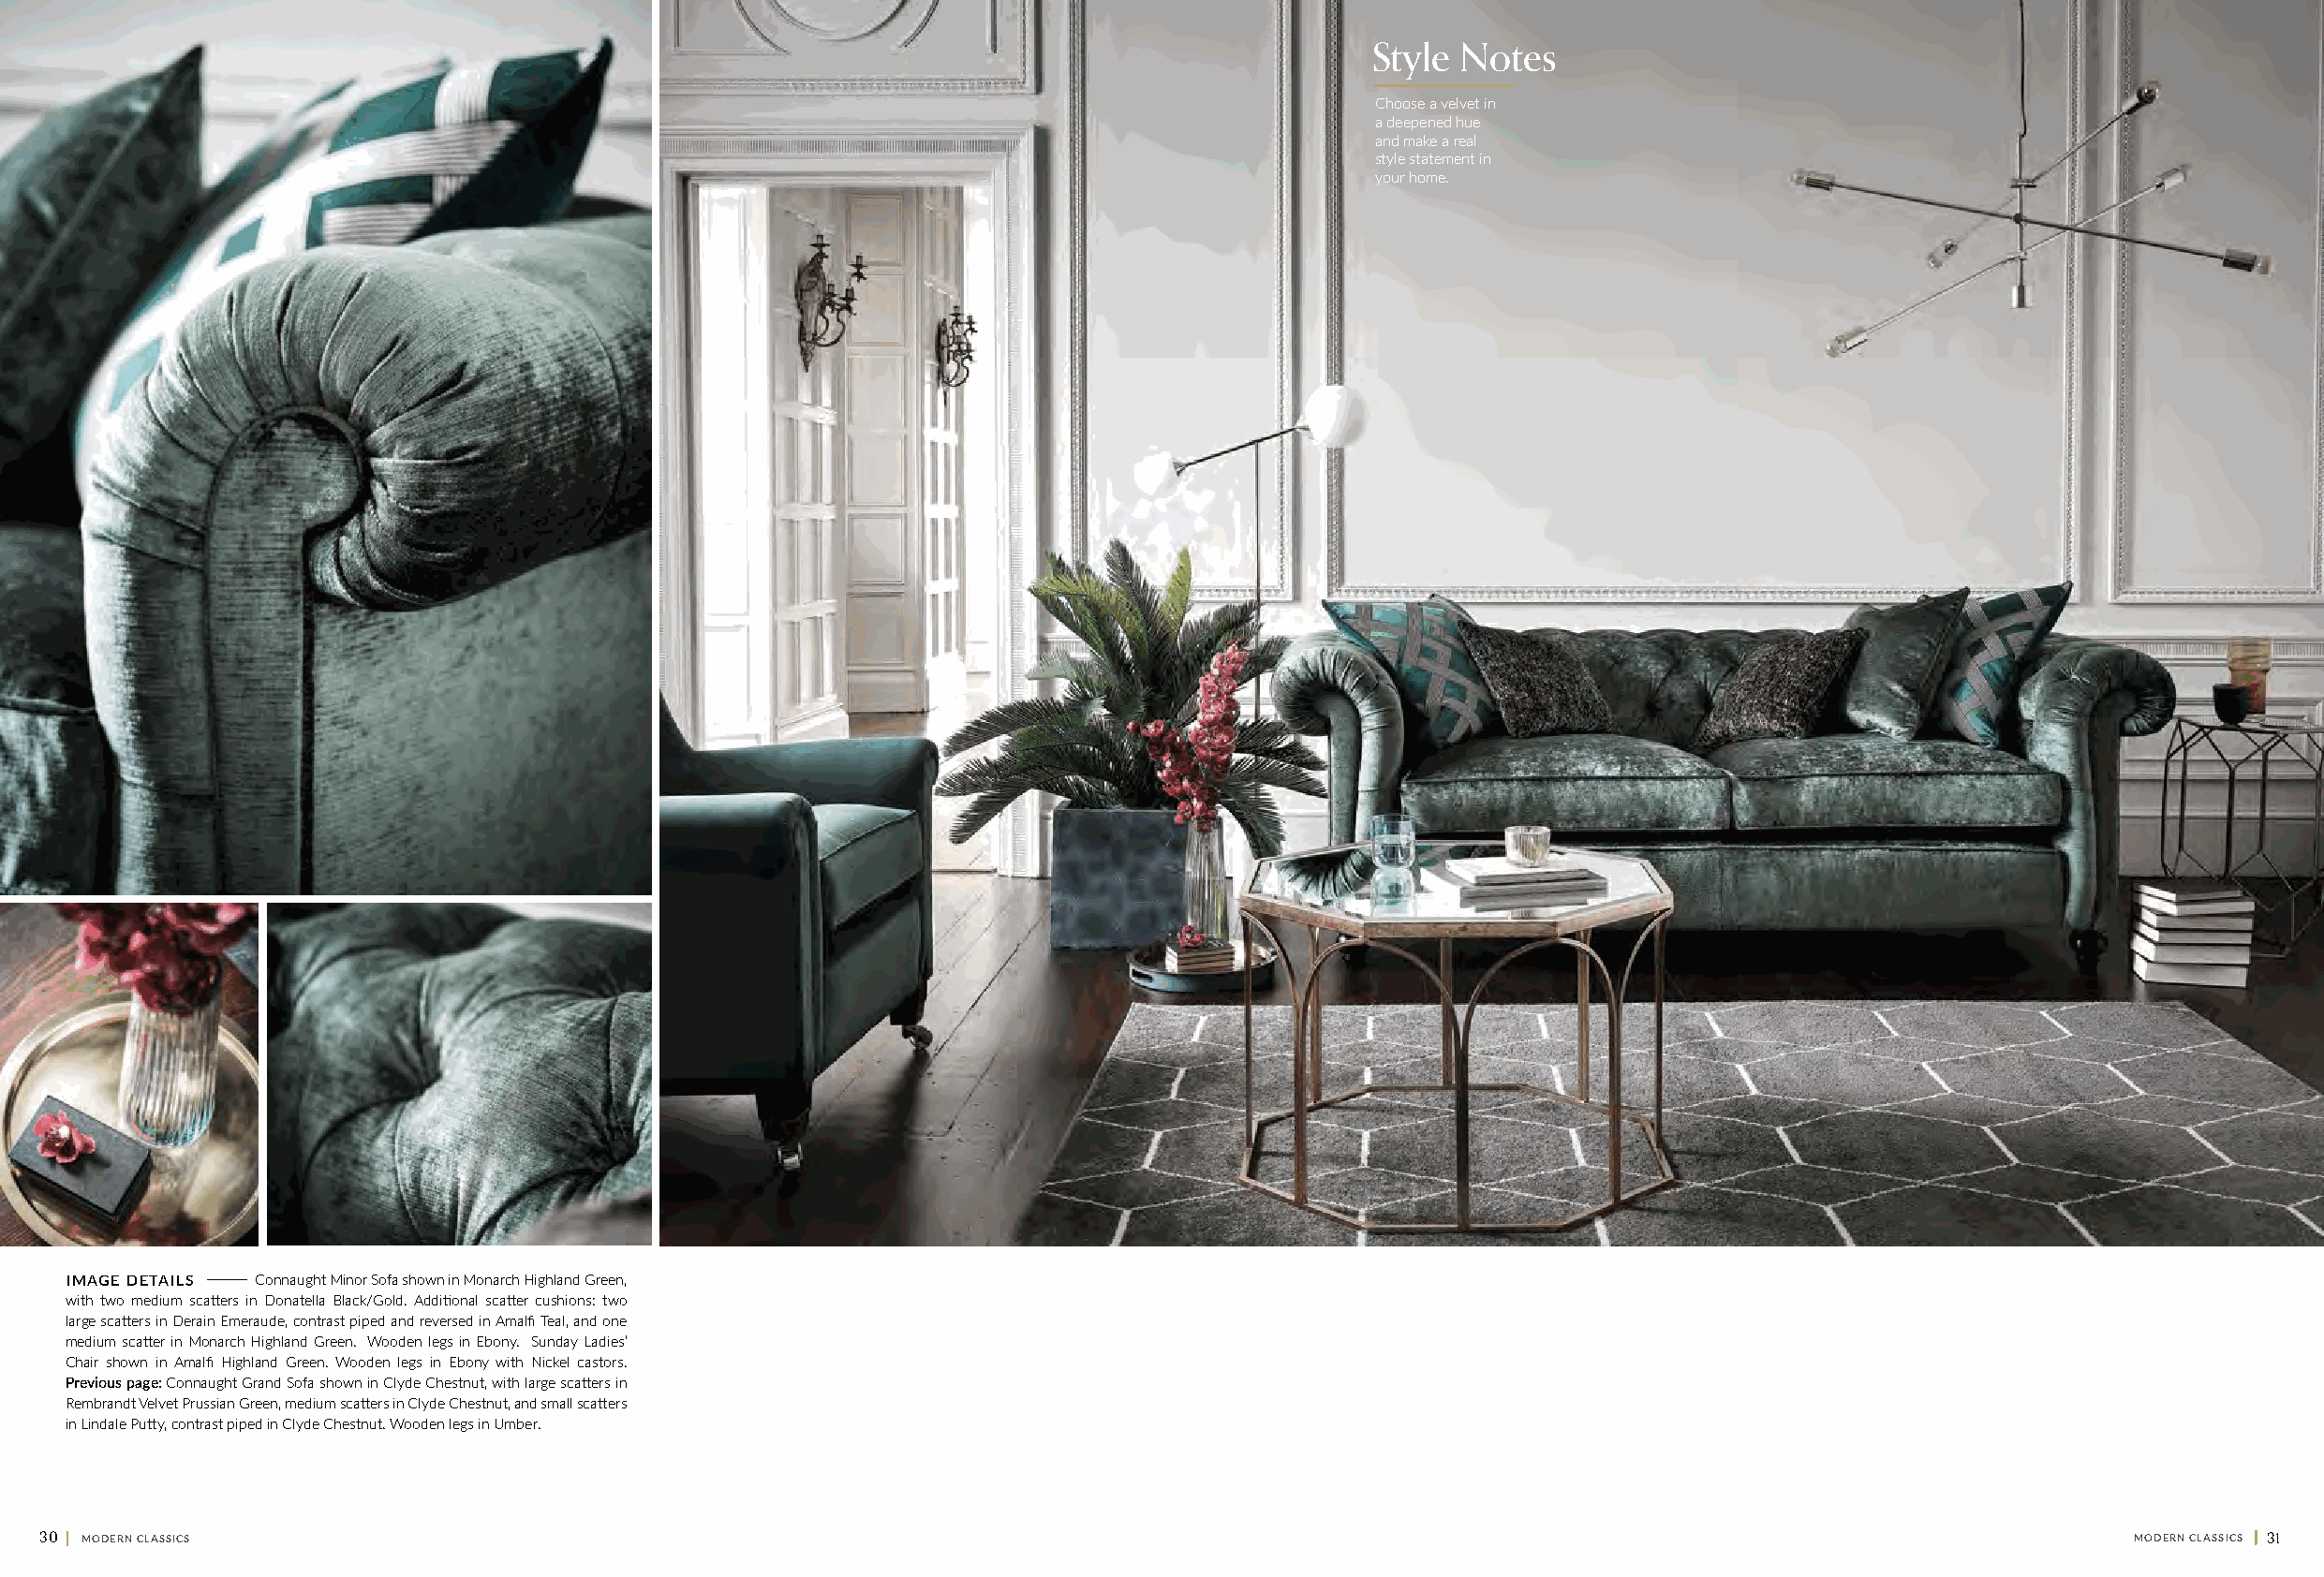
Style Notes
 Choose a velvet in
 a deepened hue
 and make a real
 style statement in
 your home.
 I M A G E D E T A I L S Connaught Minor Sofa shown in Monarch Highland Green,
 with two medium scatters in Donatella Black/Gold. Additional scatter cushions: two
 large scatters in Derain Emeraude, contrast piped and reversed in Amalfi Teal, and one
 medium scatter in Monarch Highland Green. Wooden legs in Ebony. Sunday Ladies’
 Chair shown in Amalfi Highland Green. Wooden legs in Ebony with Nickel castors.
 Previous page: Connaught Grand Sofa shown in Clyde Chestnut, with large scatters in
 Rembrandt Velvet Prussian Green, medium scatters in Clyde Chestnut, and small scatters
 in Lindale Putty, contrast piped in Clyde Chestnut. Wooden legs in Umber.
 30 || MODERN CLASSICS                                                                                                                               MODERN CLASSICS || 31